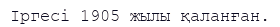
Іргесі 1905 жылы қаланған.